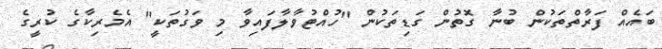
ބައެއް ފަރާތްތަކުން ބުނާ ގޮތުން ގަޑިތަކުން "ހުއްޓުވާލާފައިވާ މި ވަގުތަކީ" އެމެރިކާގެ ކުރީގެ